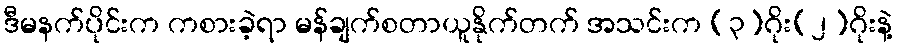
ဒီမနက်ပိုင်းက ကစားခဲ့ရာ မန်ချက်စတာယူနိုက်တက် အသင်းက (၃)ဂိုး(၂)ဂိုးနဲ့